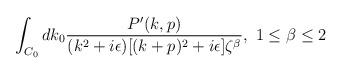
LaTeX: \begin{align*}\int_{C_0} dk_0{P^\prime(k,p)\over(k^2+i\epsilon)[(k+p)^2+i\epsilon]\zeta^\beta},\ 1\leq\beta\leq2\end{align*}